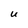
Character: u